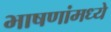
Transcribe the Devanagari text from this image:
भाषणांमध्ये